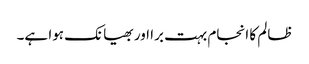
ظالم کا انجام بہت برا اور بھیانک ہوا ہے۔